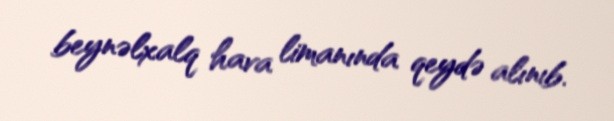
beynəlxalq hava limanında qeydə alınıb.